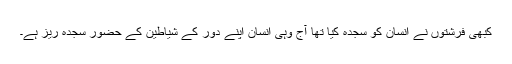
کبھی فرشتوں نے انسان کو سجدہ کیا تھا آج وہی انسان اپنے دور کے شیاطین کے حضور سجدہ ریز ہے۔